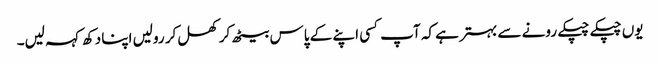
یوں چپکے چپکے رونے سے بہتر ہے کہ آپ کسی اپنے کے پاس بیٹھ کر کھل کر رولیں اپنا دکھ کہہ لیں۔